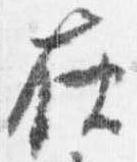
在